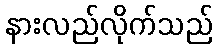
နားလည်လိုက်သည်